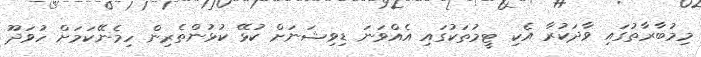
މިމުބާރާތުގައި ވާދަކުރާ އެކި ޓީމުތަކުގައި އެއްވަނަ ޑިވިޝަނަށް ކުޅޭ ކުޅުންތެރިން ހިމެނޭކަމަށް ހުވަދޫ